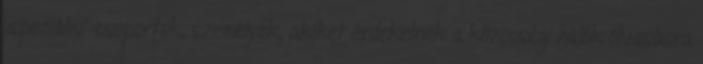
„speciális” csoportok, személyek, akiket érdekelnek a közösségi hálók olvasásra